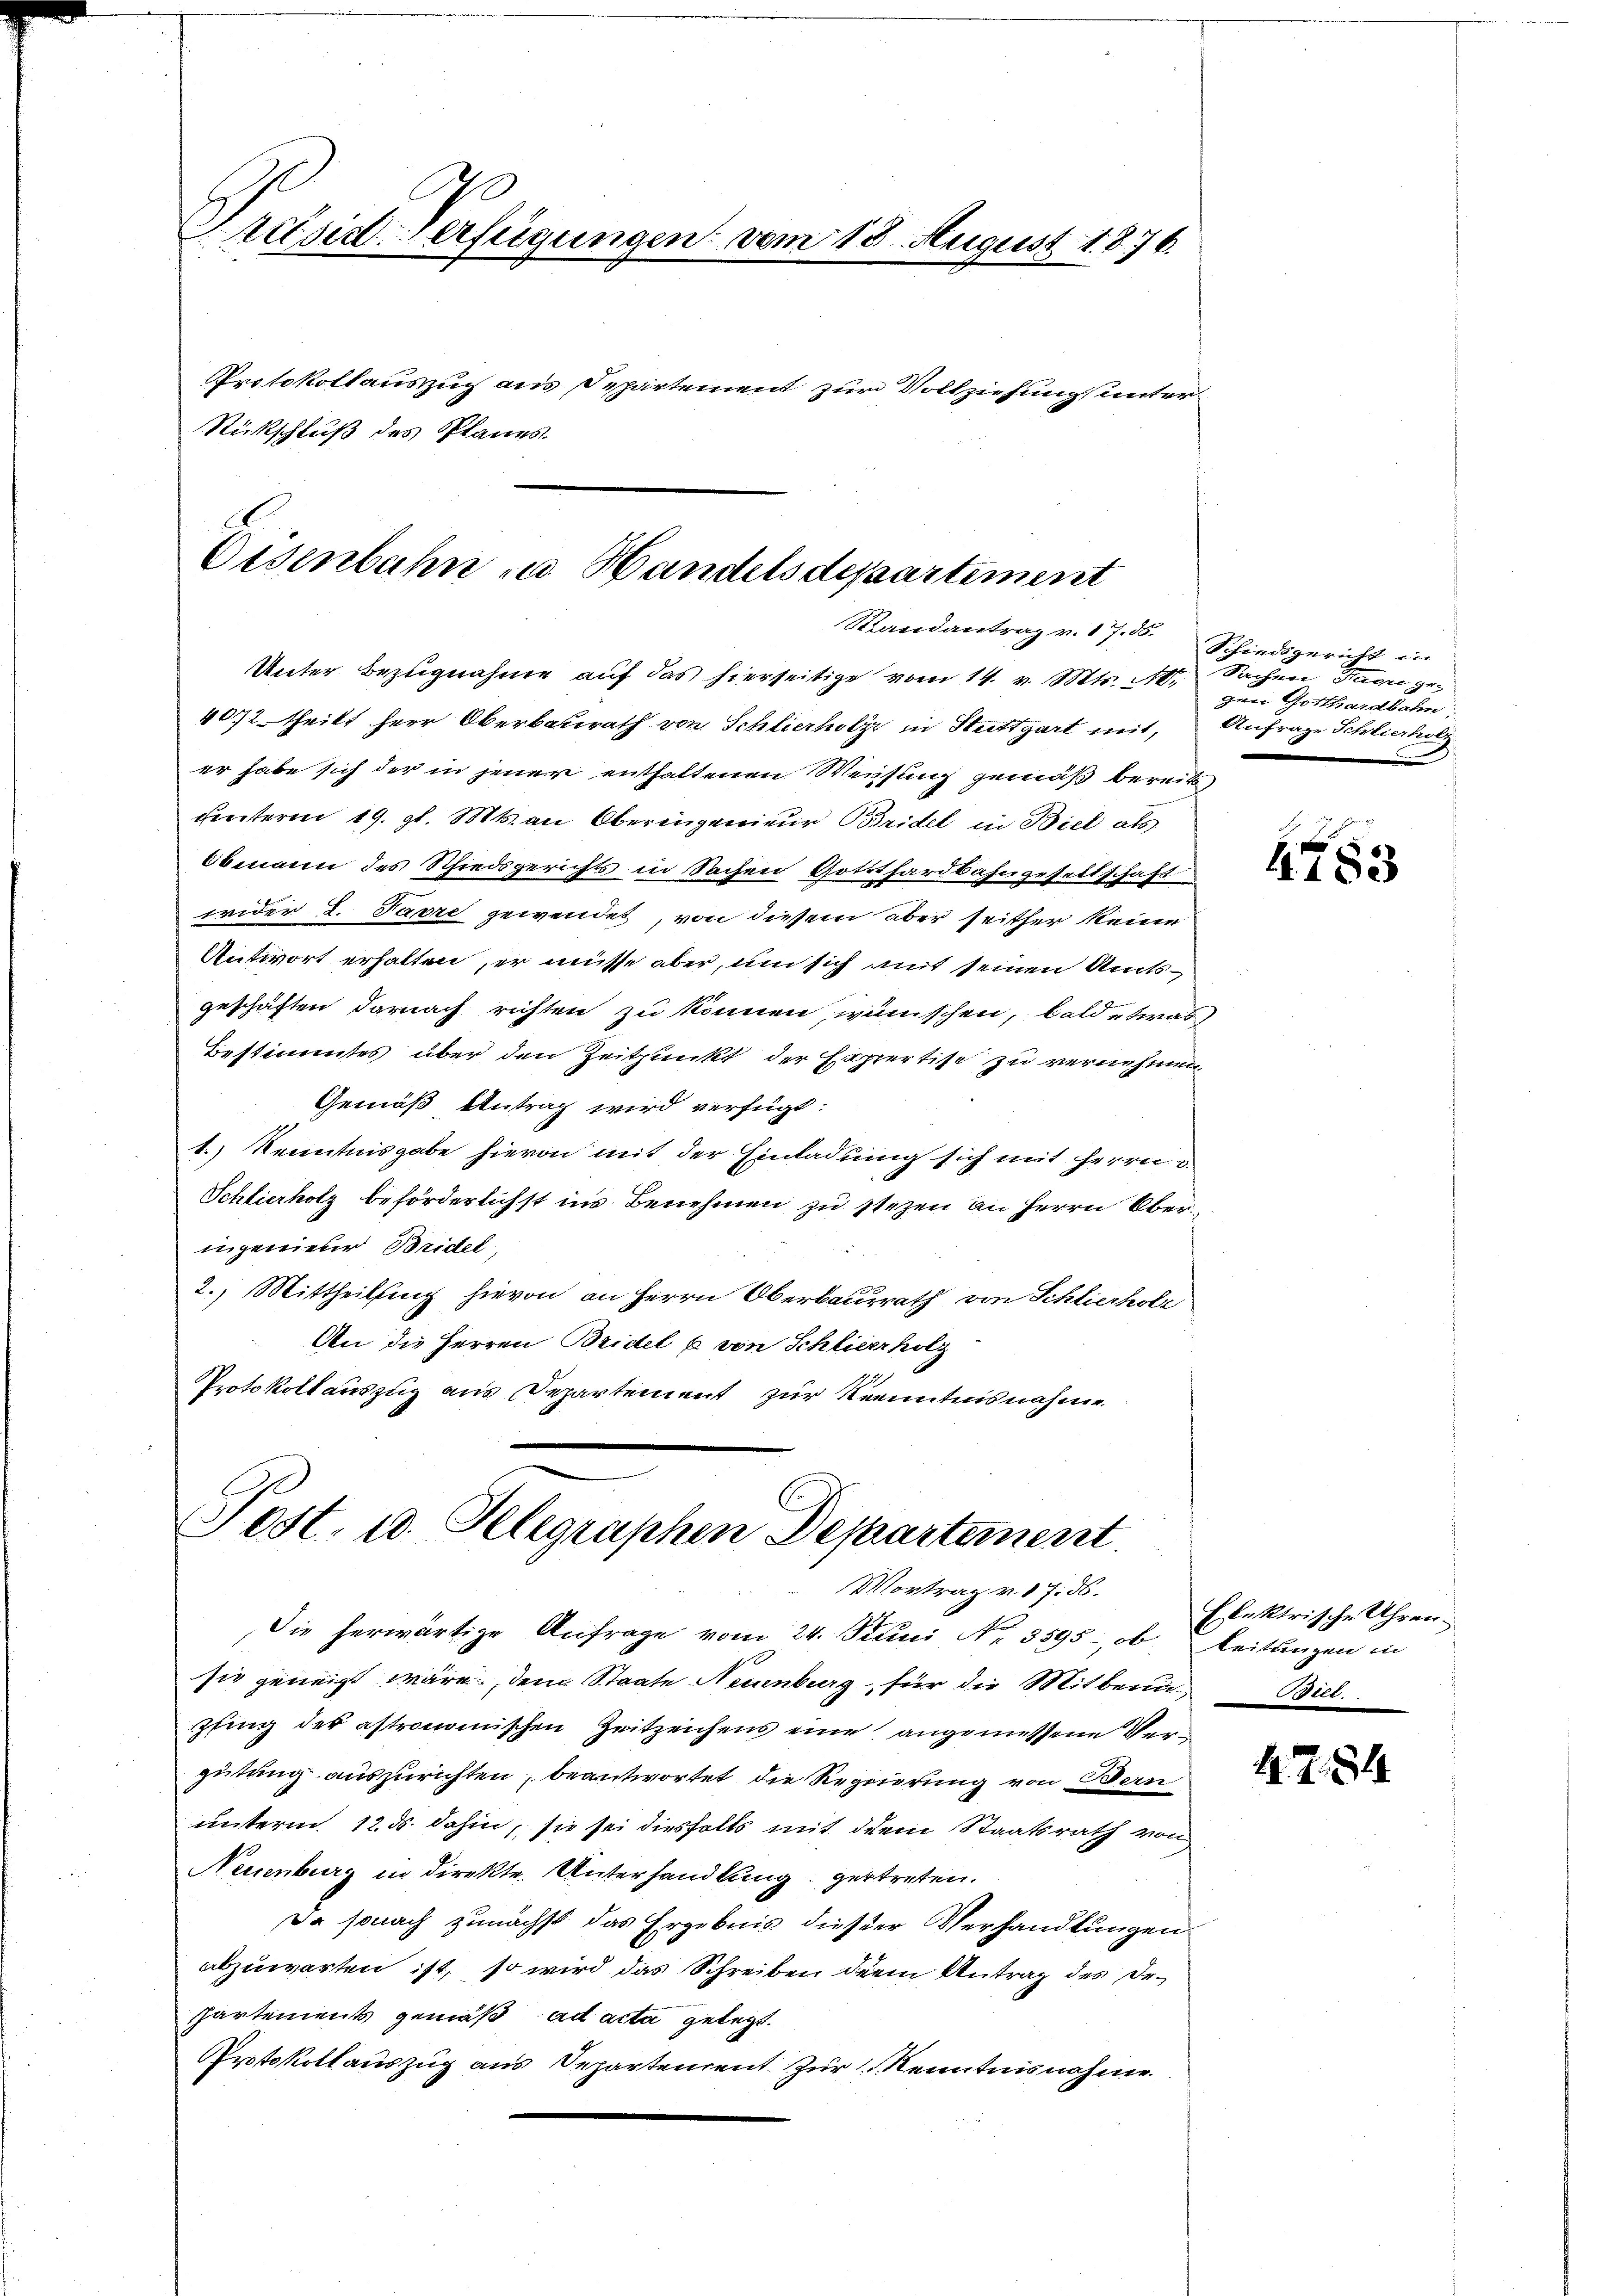
Präsid-Verfügungen vom 18. August 1876
Protokollauszug aus Departement zur Vollziehung unter
Rückschluß des Planes.

Disenbahn zu Handelsdepartement
Randantrag v. 17. 55.

Unter Bezugnahme auf das hierseitige vom 14. v. Mts. A
4072 theilt herr Oberbaurath von Schlierholz in Stuttgart mit Anfrage Schlierherg
er habe sich der in jener enthaltenen Weisung gemäß bereit
Freiterm 19. gl. Mts. an Oberingenieur Bridel in Biel als
Obmann des Schiedsgerichts in Sachen Gotthardbahngesellschaft
wider 2. Parre gewendet, von diesem aber seither keine
Antwort erhalten, er müsse aber, um sich mit seinen Amtsgeschäften darnach richten zu können, wünschen, bald etwas
Bestimmtes über den Zeitpunkt der Expertise zu vernehmen
Gemäß Antrag wird verfügt:
1.) Kenntnisgabe hievon mit der Einladung sich mit Herrn
Schlierholz beförderlichst ins Benehmen zu stehen an Herrn Oberingenieur Beidel
2.) Mittheilung hievon an Herrn Oberbausrath von Schlierholz
An die Herren Bridel u von Schlieerholz
Protokollauszug aus Departement zur Kenntnisnahme

Post. 10. Telegraphen Departement.
Vortrag v. 17. 36.

Die herwärtige Anfrage vom 24. Juni Nr. 3595 ob
sie geneigt wäre, dem Staate Neuenburg für die Mitbern Biel
pfing der astronomischen Zeitzeichens eine angemessene Vergütung auszurichten, beantwortet die Regierung von Bern
unterm 12. ds. dahin, sie sei diesfalls mit dem Staatsrath von
Neuenburg in direkte Unterhandlung vertreten.
Da sonach zunächst das Ergebnis dieser Verhandlungen
abzuwarten ist, so wird das Schreiben dem Antrag des Despartements gemäß ad acta gelegt.
Protokollauszug aus Departement zur Kenntnisnahme

Schiedsgericht in
Sachen Tage gegen Gotthardbahn,

4753

Etaktrische Uhren.
Leitungen in

4.7. 1